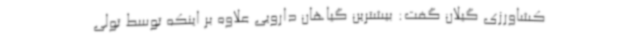
کشاورزی گیلان گفت: بیشترین گیاهان دارویی علاوه بر اینکه توسط تولی